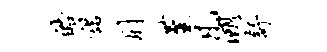
皓诺肘堇凡溯舒